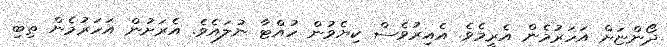
ދޯންޏަށް އަހަރުމެން އެރީމެވެ. އެއިރުވެސް ކިޔެވުން ހުއްޓާ ނުލައެވެ. އެރަށުން އަހަރުމެން ތިބި